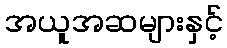
အယူအဆများနှင့်